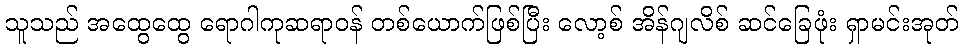
သူသည် အထွေထွေ ရောဂါကုဆရာဝန် တစ်ယောက်ဖြစ်ပြီး လော့စ် အိန်ဂျလိစ် ဆင်ခြေဖုံး ရှာမင်းအုတ်